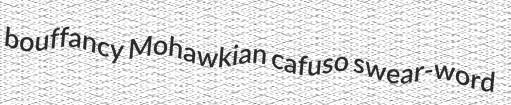
bouffancy Mohawkian cafuso swear-word